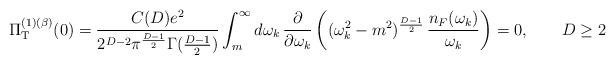
LaTeX: \begin{align*}\Pi_{\rm T}^{(1)(\beta)} (0) = \frac{C(D)e^{2}}{2^{D-2} \pi^{\frac{D-1}{2}}\Gamma(\frac{D-1}{2})} \int_{m}^{\infty}d\omega_{k}\,\frac{\partial}{\partial\omega_{k}}\left((\omega_{k}^{2}-m^{2})^{\frac{D-1}{2}}\,\frac{n_{F}(\omega_{k})}{\omega_{k}}\right) = 0,\qquad D\geq 2\end{align*}